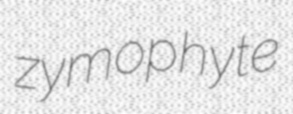
zymophyte